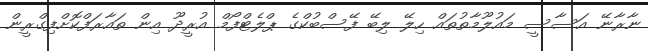
ނާރާނޭ އަސާސީ މައުލޫމާތުތައް ހިލޭ ލިބޭ ފޭސްބުކްގެ ޕްލެޓްފޯމް އުރީދޫ އިން ތައާރަފްކޮށްފިގްރީން